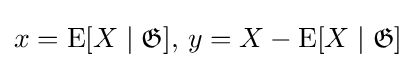
x=\operatorname {E} [X\mid {\mathfrak {G}}],\,y=X-\operatorname {E} [X\mid {\mathfrak {G}}]